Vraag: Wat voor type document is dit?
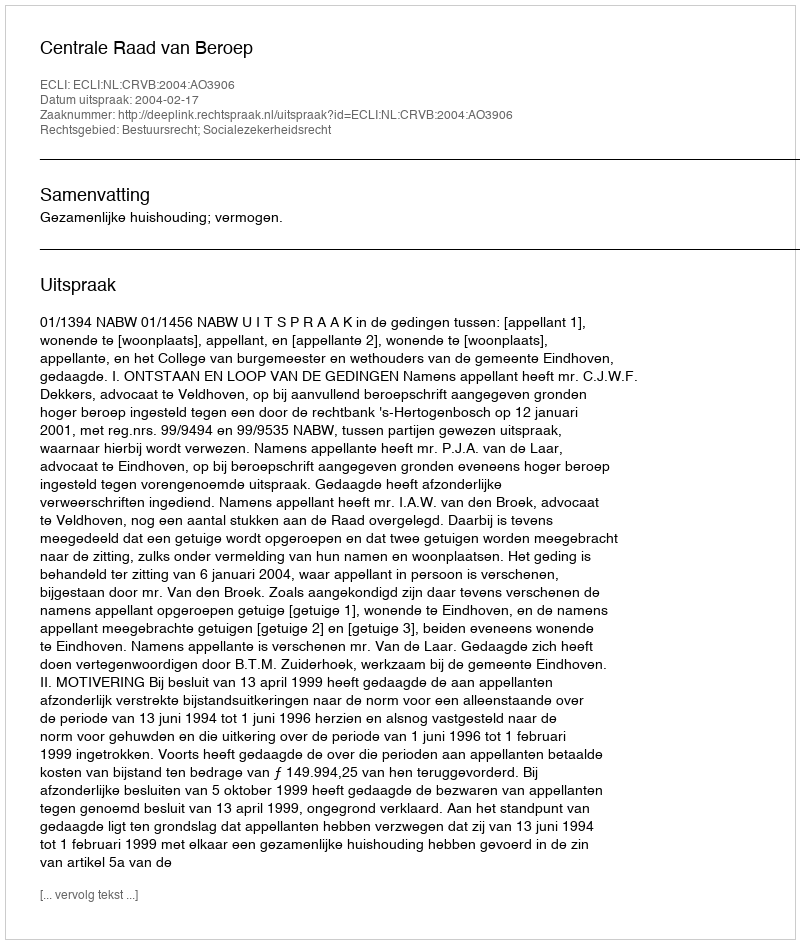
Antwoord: Uitspraak